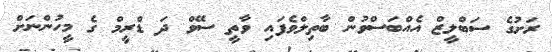
ރަށުގެ ސަބްލީޒް އެއްބަސްވުން ބާތިލްވެފައި ވާތީ ސޭވް ދަ ޑްރީމް ގެ މީހުންނަށް